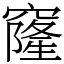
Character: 窿